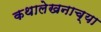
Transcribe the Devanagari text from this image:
कथालेखनाच्या